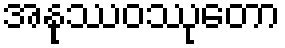
အနုဿဝဿုတော